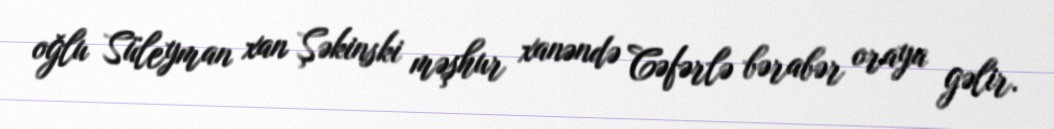
oğlu Süleyman xan Şəkinski məşhur xanəndə Cəfərlə bərabər oraya gəlir.